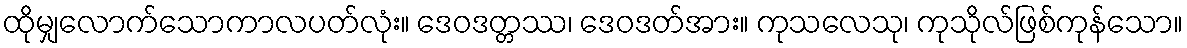
ထိုမျှလောက်သောကာလပတ်လုံး။ ဒေဝဒတ္တဿ၊ ဒေဝဒတ်အား။ ကုသလေသု၊ ကုသိုလ်ဖြစ်ကုန်သော။